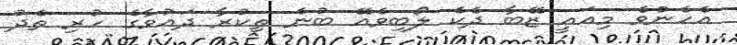
އެހެންވެ މިއައީ ޒޭބާ ދެކެ ލޯބިވެއޭ ބުނެ ތިކުރާ ދައުވާގެ ހުރި ތެދު